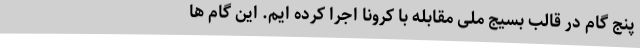
پنج گام در قالب بسیج ملی مقابله با کرونا اجرا کرده ایم. این گام ها